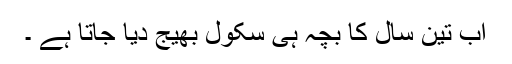
اب تین سال کا بچہ ہی سکول بھیج دیا جاتا ہے ۔